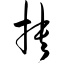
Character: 抉